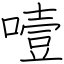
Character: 噎